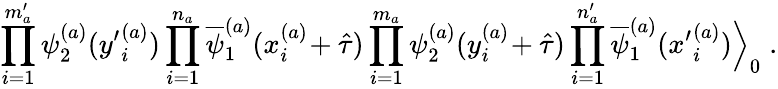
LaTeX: \prod_{i=1}^{m_{a}^{\prime}}\psi_{2}^{(a)}({y^{\prime}}_{i}^{(a)})\prod_{i=1}^{n_{a}}\overline{{{\psi}}}_{1}^{(a)}(x_{i}^{(a)}\! +\hat{\tau})\prod_{i=1}^{m_{a}}\psi_{2}^{(a)}(y_{i}^{(a)}\! +\hat{\tau})\prod_{i=1}^{n_{a}^{\prime}}\overline{{{\psi}}}_{1}^{(a)}({x^{\prime}}_{i}^{(a)})\Big\rangle_{0}\; .